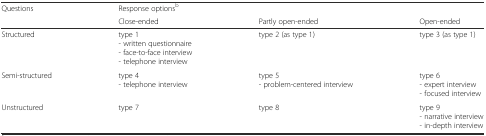
<table><thead><tr><td rowspan="2"><b>Questions</b></td><td><b>Response options<sup>b</sup></b></td><td>[EMPTY_CELL]</td><td>[EMPTY_CELL]</td></tr><tr><td><b>Close-ended</b></td><td><b>Partly open-ended</b></td><td><b>Open-ended</b></td></tr></thead><tbody><tr><td>Structured</td><td>type 1- written questionnaire- face-to-face interview- telephone interview</td><td>type 2 (as type 1)</td><td>type 3 (as type 1)</td></tr><tr><td>Semi-structured</td><td>type 4- telephone interview</td><td>type 5- problem-centered interview</td><td>type 6- expert interview- focused interview</td></tr><tr><td>Unstructured</td><td>type 7</td><td>type 8</td><td>type 9- narrative interview- in-depth interview</td></tr></tbody></table>